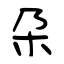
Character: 朶